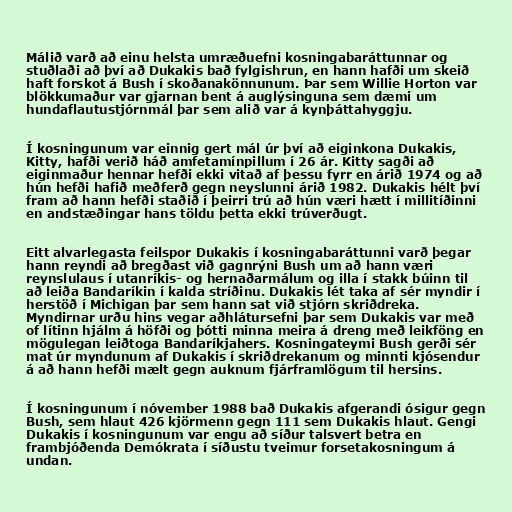
Málið varð að einu helsta umræðuefni kosningabaráttunnar og
stuðlaði að því að Dukakis bað fylgishrun, en hann hafði um skeið
haft forskot á Bush í skoðanakönnunum. Þar sem Willie Horton var
blökkumaður var gjarnan bent á auglýsinguna sem dæmi um
hundaflautustjórnmál þar sem alið var á kynþáttahyggju.

Í kosningunum var einnig gert mál úr því að eiginkona Dukakis,
Kitty, hafði verið háð amfetamínpillum í 26 ár. Kitty sagði að
eiginmaður hennar hefði ekki vitað af þessu fyrr en árið 1974 og að
hún hefði hafið meðferð gegn neyslunni árið 1982. Dukakis hélt því
fram að hann hefði staðið í þeirri trú að hún væri hætt í millitíðinni
en andstæðingar hans töldu þetta ekki trúverðugt.

Eitt alvarlegasta feilspor Dukakis í kosningabaráttunni varð þegar
hann reyndi að bregðast við gagnrýni Bush um að hann væri
reynslulaus í utanríkis- og hernaðarmálum og illa í stakk búinn til
að leiða Bandaríkin í kalda stríðinu. Dukakis lét taka af sér myndir í
herstöð í Michigan þar sem hann sat við stjórn skriðdreka.
Myndirnar urðu hins vegar aðhlátursefni þar sem Dukakis var með
of lítinn hjálm á höfði og þótti minna meira á dreng með leikföng en
mögulegan leiðtoga Bandaríkjahers. Kosningateymi Bush gerði sér
mat úr myndunum af Dukakis í skriðdrekanum og minnti kjósendur
á að hann hefði mælt gegn auknum fjárframlögum til hersins.

Í kosningunum í nóvember 1988 bað Dukakis afgerandi ósigur gegn
Bush, sem hlaut 426 kjörmenn gegn 111 sem Dukakis hlaut. Gengi
Dukakis í kosningunum var engu að síður talsvert betra en
frambjóðenda Demókrata í síðustu tveimur forsetakosningum á
undan.